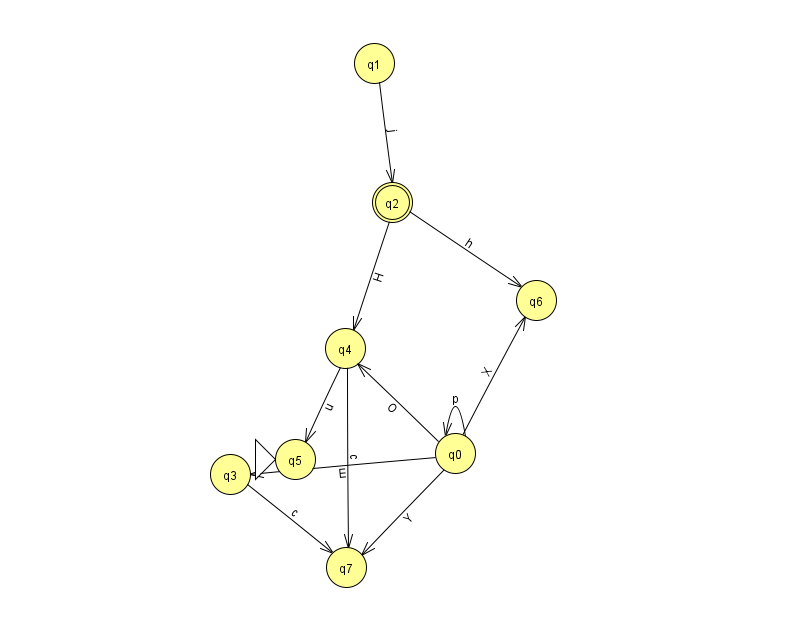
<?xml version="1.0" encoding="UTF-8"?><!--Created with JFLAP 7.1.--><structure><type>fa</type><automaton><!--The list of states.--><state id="0" name="q0"><x>455.0</x><y>440.0</y></state><state id="1" name="q1"><x>374.0</x><y>50.0</y></state><state id="2" name="q2"><x>392.0</x><y>189.0</y><final/></state><state id="3" name="q3"><x>230.0</x><y>461.0</y></state><state id="4" name="q4"><x>345.0</x><y>335.0</y></state><state id="5" name="q5"><x>295.0</x><y>446.0</y><initial/></state><state id="6" name="q6"><x>536.0</x><y>287.0</y></state><state id="7" name="q7"><x>346.0</x><y>554.0</y></state><!--The list of transitions.--><transition><from>0</from><to>0</to><read>p</read></transition><transition><from>3</from><to>7</to><read>c</read></transition><transition><from>4</from><to>5</to><read>u</read></transition><transition><from>1</from><to>2</to><read>j</read></transition><transition><from>0</from><to>6</to><read>X</read></transition><transition><from>0</from><to>7</to><read>Y</read></transition><transition><from>2</from><to>4</to><read>H</read></transition><transition><from>0</from><to>3</to><read>E</read></transition><transition><from>2</from><to>6</to><read>h</read></transition><transition><from>0</from><to>4</to><read>O</read></transition><transition><from>4</from><to>7</to><read>c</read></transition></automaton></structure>